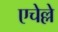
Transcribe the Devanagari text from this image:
एचेल्ले